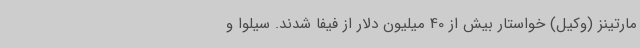
مارتینز (وکیل) خواستار بیش از 40 میلیون دلار از فیفا شدند. سیلوا و